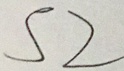
S 2